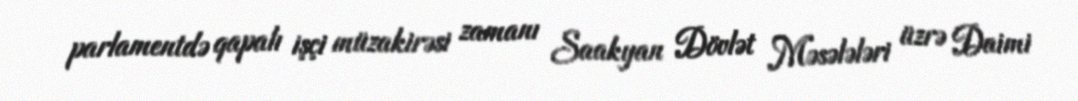
parlamentdə qapalı işçi müzakirəsi zamanı Saakyan Dövlət Məsələləri üzrə Daimi